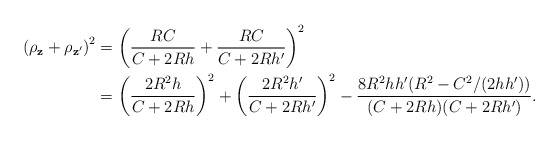
\begin{align*}\left(\rho_{\mathbf z} + \rho_{\mathbf z'} \right)^2 &=\left(\frac{RC}{C + 2 R h} + \frac{RC}{C + 2 R h'}\right)^2 \\&= \left(\frac {2 R^2 h}{C + 2 R h} \right)^2 + \left(\frac {2 R^2 h'}{C + 2 R h'}\right)^2 - \frac {8 R^2 h h'(R^2 - C^2/(2hh') ) }{(C + 2 R h)(C + 2 R h')}.\end{align*}